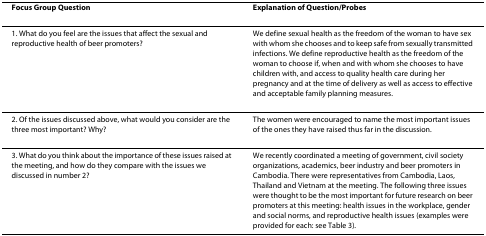
| Focus Group Question | Explanation of Question/Probes |
 | --- | --- |
 | 1. What do you feel are the issues that affect the sexual and reproductive health of beer promoters? | We define sexual health as the freedom of the woman to have sex with whom she chooses and to keep safe from sexually transmitted infections. We define reproductive health as the freedom of the woman to choose if, when and with whom she chooses to have children with, and access to quality health care during her pregnancy and at the time of delivery as well as access to effective and acceptable family planning measures. |
 | 2. Of the issues discussed above, what would you consider are the three most important? Why? | The women were encouraged to name the most important issues of the ones they have raised thus far in the discussion. |
 | 3. What do you think about the importance of these issues raised at the meeting, and how do they compare with the issues we discussed in number 2? | We recently coordinated a meeting of government, civil society organizations, academics, beer industry and beer promoters in Cambodia. There were representatives from Cambodia, Laos, Thailand and Vietnam at the meeting. The following three issues were thought to be the most important for future research on beer promoters at this meeting: health issues in the workplace, gender and social norms, and reproductive health issues (examples were provided for each: see Table 3). |